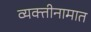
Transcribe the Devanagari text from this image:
व्यक्तीनामात